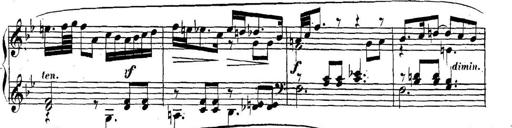
Title: Collected Piano Sonatas
Composer: Muzio Clementi